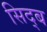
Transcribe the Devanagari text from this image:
सिद्ब